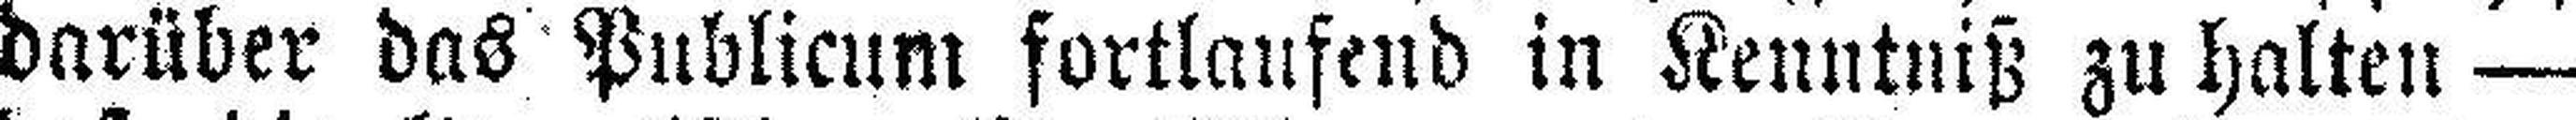
darüber das Publicum fortlaufend in Kenntniß zu halten —